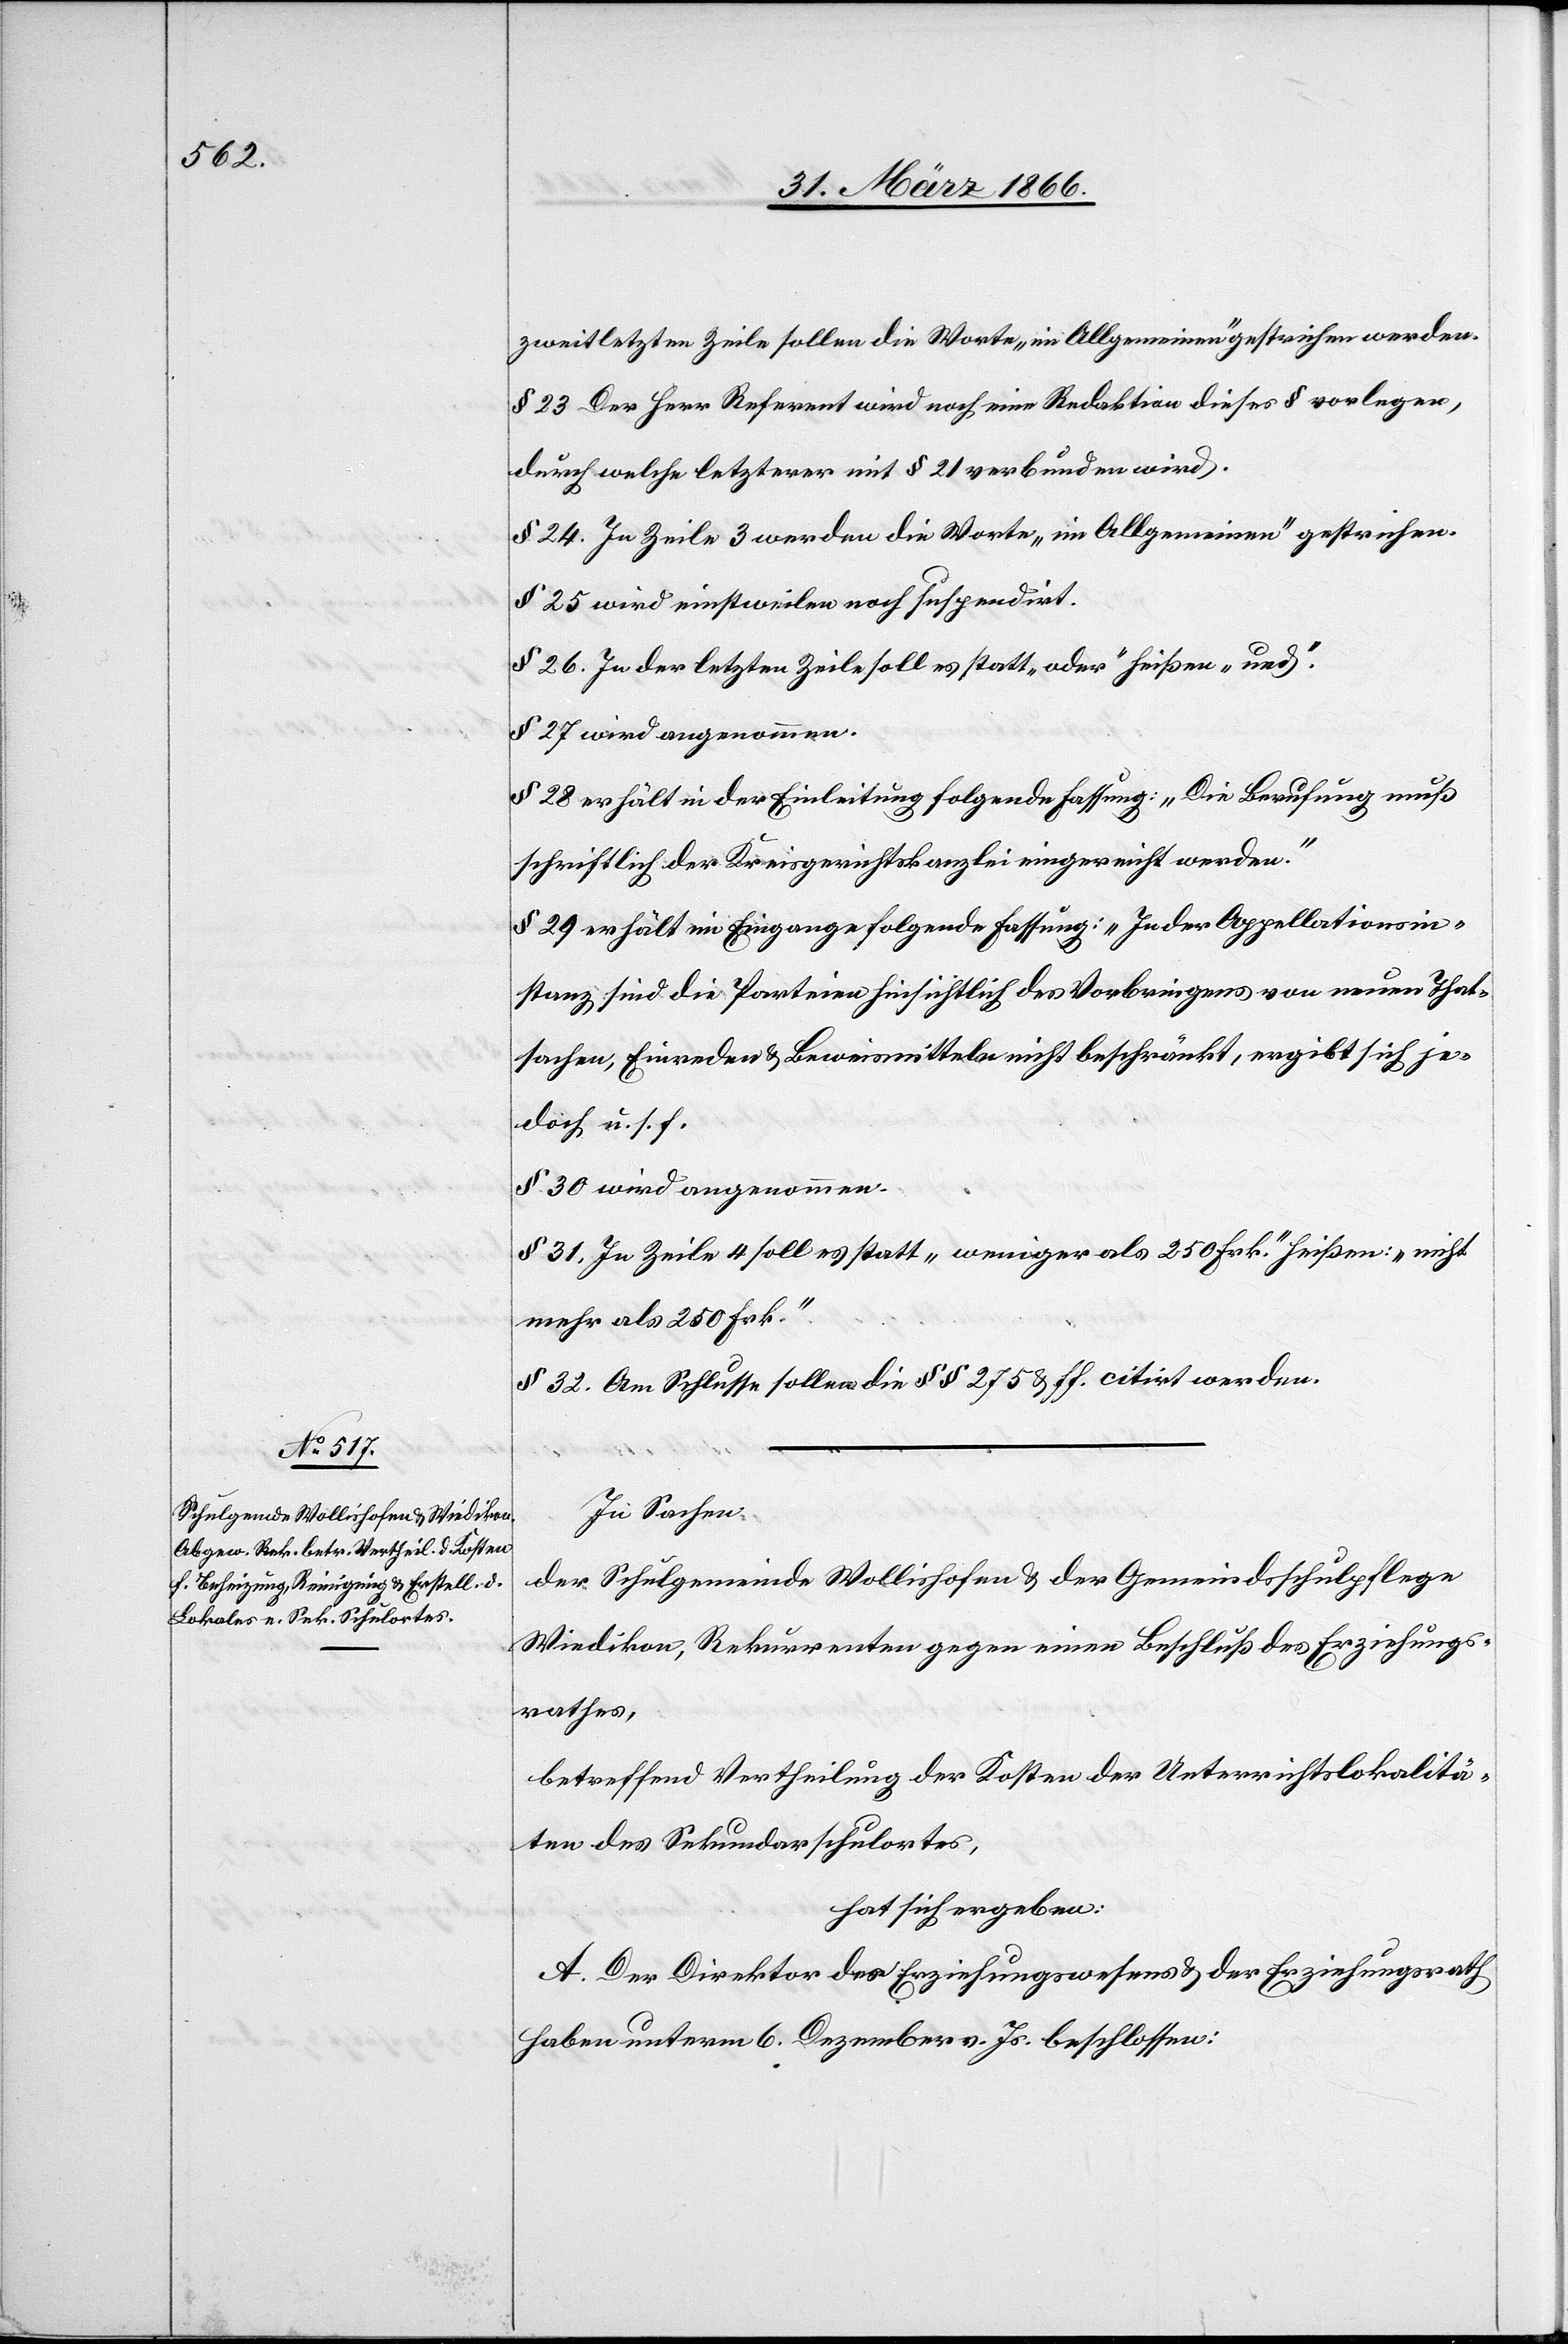
zweitletzten Zeile sollen die Worte „im Allgemeinen“ gestrichen werden.
§ 23 Der Herr Referent wird noch eine Redaktion dieses § vorlegen,
durch welche letzterer mit § 21 verbunden wird.
§ 24. In Zeile 3 werden die Worte „im Allgemeinen“ gestrichen.
§ 25 wird einstweilen suspendirt.
§ 26. In der letzten Zeile soll es statt „oder“ heißen „und“.
§ 27 wird angenommen.
§ 28 erhält in der Einleitung folgende Fassung: „Die Berufung muß
schriftlich der Kreisgerichtskanzlei eingereicht werden.“
§ 29 erhält im Eingange folgende Fassung: „Jeder Appellationsin¬
stanz sind die Parteien hinsichtlich des Vorbringens von neuen That¬
sachen, Einreden u. Beweismitteln nicht beschränkt, ergibt sich je¬
doch u. s. f.
§ 30 wird angenommen.
§ 31. In Zeile 4 soll es statt „weniger als 250 Frk.“ heißen: „nicht
mehr als 250 Frk.“.
§ 32. Am Schlusse sollen die § § 275 u. ff. citirt werden.
In Sachen
der Schulgemeinde Wollishofen u. der Gemeindsschulpflege
Wiedikon, Rekurrenten gegen einen Beschluß des Erziehungs¬
rathes,
betreffend Vertheilung der Kosten der Unterrichtslokalitä¬
ten des Sekundarschulhauses,
hat sich ergeben:
A. Der Direktor des Erziehungswesens u. der Erziehungsrath
haben unterm 6. Dezember v. Js. beschlossen: